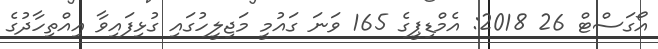
އޯގަސްޓް 26 2018: އެމްޑިޕީގެ 165 ވަނަ ގައުމީ މަޖިލީހުގައި ގުޅިފައިވާ އިއްތިހާދުގެ